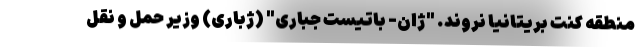
منطقه کنت بریتانیا نروند. "ژان- باتیست جباری" (ژباری) وزیر حمل و نقل